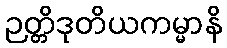
ဉတ္တိဒုတိယကမ္မာနိ